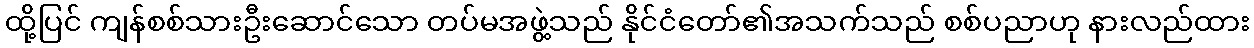
ထို့ပြင် ကျန်စစ်သားဦးဆောင်သော တပ်မအဖွဲ့သည် နိုင်ငံတော်၏အသက်သည် စစ်ပညာဟု နားလည်ထား